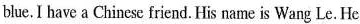
blue. I have a Chinese friend. His name is Wang Le. He